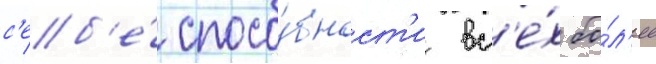
с'еб'е́ спосо́бност'и вс'е́х бо́л'ее